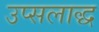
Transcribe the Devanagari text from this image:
उप्सलाद्ध